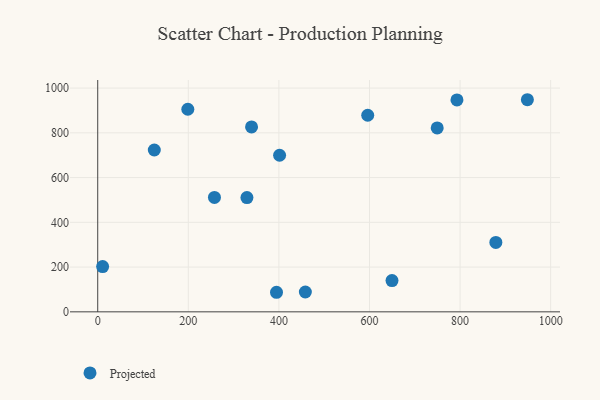
{"axis": {"x": "Speed", "y": "Exam Score"}, "legend": ["Projected"], "data": [{"x": "329.4", "y": 510.7, "type": "Projected"}, {"x": "596.1", "y": 878.7, "type": "Projected"}, {"x": "458.4", "y": 88.6, "type": "Projected"}, {"x": "401.5", "y": 699.8, "type": "Projected"}, {"x": "10.8", "y": 202.4, "type": "Projected"}, {"x": "948.6", "y": 948.0, "type": "Projected"}, {"x": "749.5", "y": 822.1, "type": "Projected"}, {"x": "198.9", "y": 905.5, "type": "Projected"}, {"x": "394.7", "y": 87.4, "type": "Projected"}, {"x": "124.9", "y": 723.4, "type": "Projected"}, {"x": "793.1", "y": 947.1, "type": "Projected"}, {"x": "879.0", "y": 310.0, "type": "Projected"}, {"x": "649.7", "y": 139.9, "type": "Projected"}, {"x": "257.7", "y": 511.4, "type": "Projected"}, {"x": "339.6", "y": 826.4, "type": "Projected"}]}